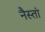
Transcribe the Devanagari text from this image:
नैस्तां